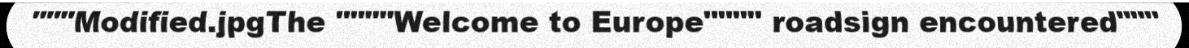
"""Modified.jpgThe """"Welcome to Europe"""" roadsign encountered"""